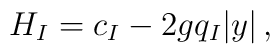
H_I = c_I - 2g q_I |y|\,,